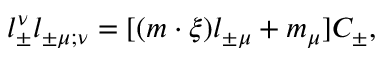
l _ { \pm } ^ { \nu } l _ { \pm \mu ; \nu } = [ ( m \cdot \xi ) l _ { \pm \mu } + m _ { \mu } ] C _ { \pm } ,